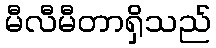
မီလီမီတာရှိသည်